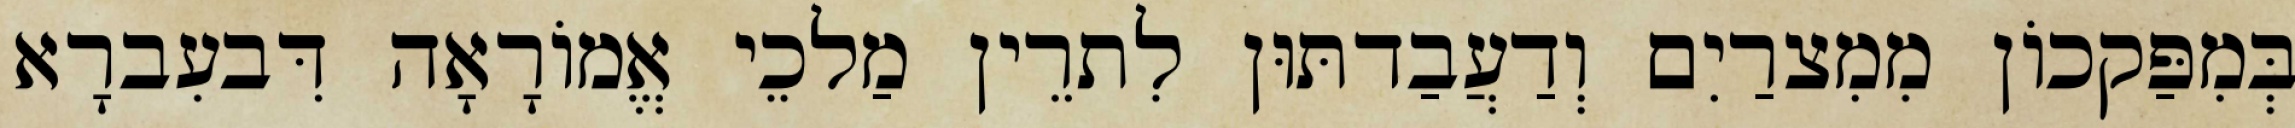
בְּמִפַּקכוֹן מִמִצרַיִם וְדַעֲבַדתּוּן לִתרֵין מַלכֵי אֱמוֹרָאָה דִּבעִברָא